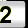
Digit: 2